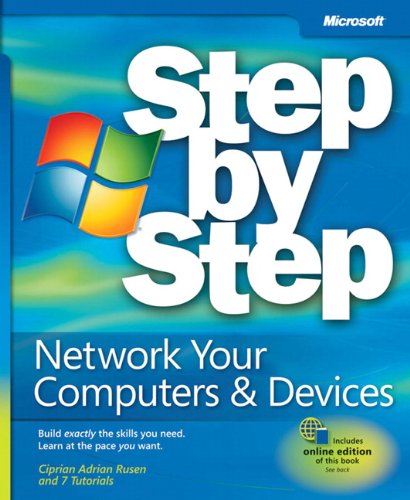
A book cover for Network Your Computer & Devices Step by Step; Ciprian Rusen; Computers & Technology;